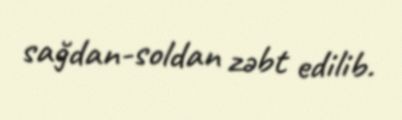
sağdan-soldan zəbt edilib.